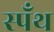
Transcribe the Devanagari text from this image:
स्पँथ